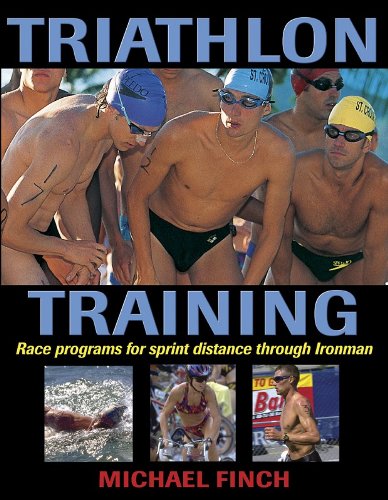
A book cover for Triathlon Training; Michael Finch; Health, Fitness & Dieting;